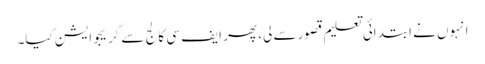
انہوں نے ابتدائی تعلیم قصور سے لی، پھر ایف سی کالج سے گریجوایشن کیا۔